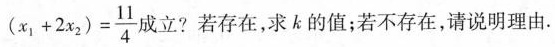
$$( x _ { 1 } + 2 x _ { 2 } ) = \frac { 1 1 } { 4 }$$ 成立?若存在，求k的值；若不存在，请说明理由。